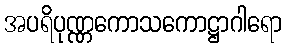
အပရိပုဏ္ဏကောသကောဋ္ဌာဂါရော